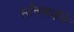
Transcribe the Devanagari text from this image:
स्टॅनफर्डने